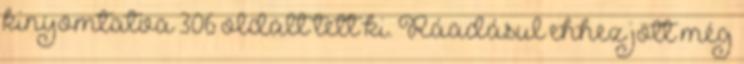
kinyomtatva 306 oldalt tett ki. Ráadásul ehhez jött még